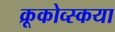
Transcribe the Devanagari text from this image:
क्रूकोव्स्कया